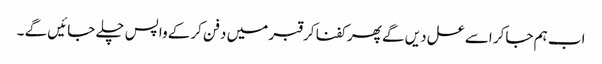
اب ہم جاکر اسے عسل دیں گے پھر کفنا کر قبر میں دفن کرکے واپس چلے جائیں گے ۔